Indian journal of veterinary science and animal husbandry - Volume 2,
Year: 1932
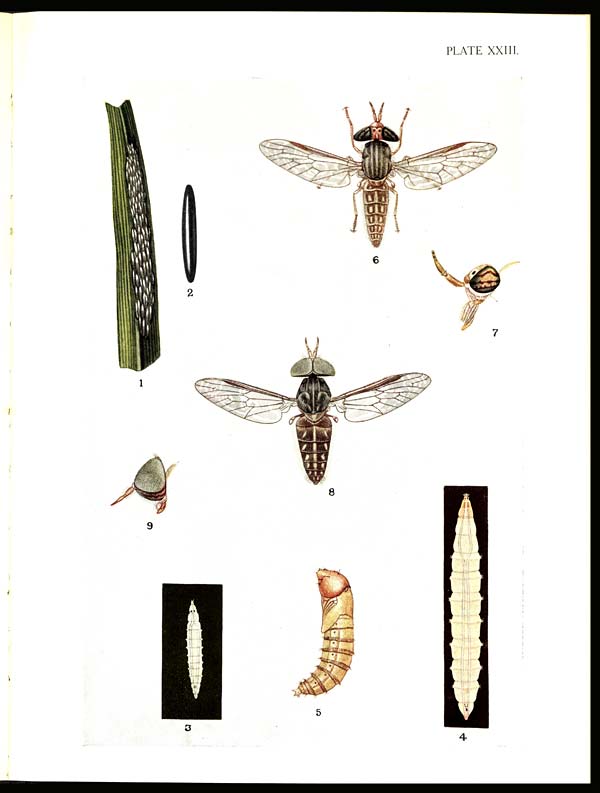
PLATE XXIII.